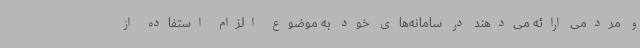
و مردمی ارائه می‌دهند در سامانه‌های خود به موضوع الزام استفاده از